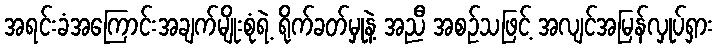
အရင်းခံအကြောင်းအချက်မျိုးစုံရဲ့ ရိုက်ခတ်မှုနဲ့ အညီ အစဉ်သဖြင့် အလျင်အမြန်လှုပ်ရှား